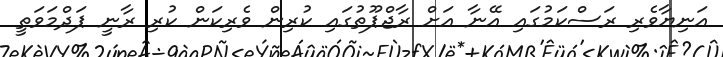
އަނިޔާވެރި ރަސްކަމުގައި އޭނާ އަށް ރާޖްޕޫތުގައި ކުރިން ވެރިކަން ކުރި ރާނީ ޕަދްމަވަތީ